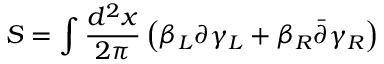
S = \int { \frac { d ^ { 2 } x } { 2 \pi } } \left( \beta _ { L } \partial \gamma _ { L } + \beta _ { R } \bar { \partial } \gamma _ { R } \right)